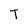
Character: T